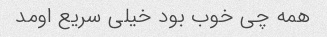
همه چی خوب بود خیلی سریع اومد